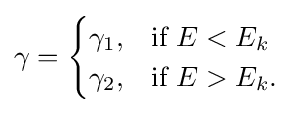
\gamma ={\begin{cases}\gamma _{1},&{\text{if }}E<E_{k}\\\gamma _{2},&{\text{if }}E>E_{k}.\end{cases}}